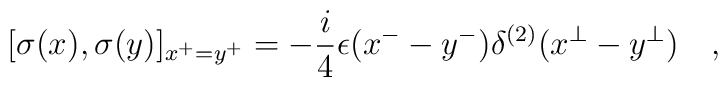
[\sigma(x), \sigma(y)]_{x^+=y^+}=-\frac{i}{4}\epsilon(x^--y^-)\delta^{(2)}(x^{\perp}-y^{\perp})\quad,